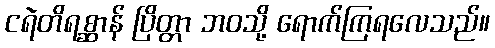
ငရဲတိရစ္ဆာန် ပြိတ္တာ ဘဝသို့ ရောက်ကြရလေသည်။